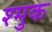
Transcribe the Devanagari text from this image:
श्मुक